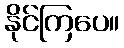
နိုင်ကြပေ။